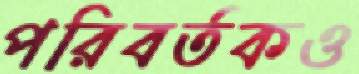
পরিবর্তকও